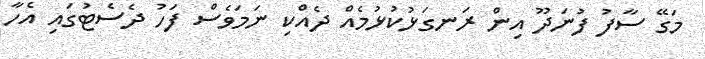
މަގޭ ސާފު ފުނަދޫ އިން ރަނގަޅުކުޅުމެއް ދެއްކި ނަމަވެސް ފަހު ދެސެޓުގައި އެހާ